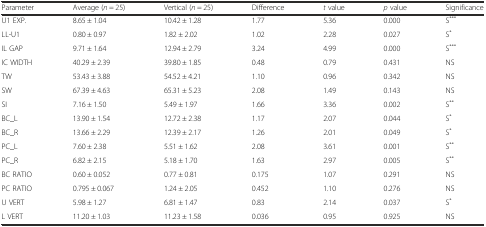
<table><thead><tr><td><b>Parameter</b></td><td><b>Average (<i>n</i> = 25)</b></td><td><b>Vertical (<i>n</i> = 25)</b></td><td><b>Difference</b></td><td><b><i>t</i> value</b></td><td><b><i>p</i> value</b></td><td><b>Significance</b></td></tr></thead><tbody><tr><td>U1 EXP.</td><td>8.65 ± 1.04</td><td>10.42 ± 1.28</td><td>1.77</td><td>5.36</td><td>0.000</td><td>S<sup>***</sup></td></tr><tr><td>LL-U1</td><td>0.80 ± 0.97</td><td>1.82 ± 2.02</td><td>1.02</td><td>2.28</td><td>0.027</td><td>S<sup>*</sup></td></tr><tr><td>IL GAP</td><td>9.71 ± 1.64</td><td>12.94 ± 2.79</td><td>3.24</td><td>4.99</td><td>0.000</td><td>S<sup>***</sup></td></tr><tr><td>IC WIDTH</td><td>40.29 ± 2.39</td><td>39.80 ± 1.85</td><td>0.48</td><td>0.79</td><td>0.431</td><td>NS</td></tr><tr><td>TW</td><td>53.43 ± 3.88</td><td>54.52 ± 4.21</td><td>1.10</td><td>0.96</td><td>0.342</td><td>NS</td></tr><tr><td>SW</td><td>67.39 ± 4.63</td><td>65.31 ± 5.23</td><td>2.08</td><td>1.49</td><td>0.143</td><td>NS</td></tr><tr><td>SI</td><td>7.16 ± 1.50</td><td>5.49 ± 1.97</td><td>1.66</td><td>3.36</td><td>0.002</td><td>S<sup>**</sup></td></tr><tr><td>BC_L</td><td>13.90 ± 1.54</td><td>12.72 ± 2.38</td><td>1.17</td><td>2.07</td><td>0.044</td><td>S<sup>*</sup></td></tr><tr><td>BC_R</td><td>13.66 ± 2.29</td><td>12.39 ± 2.17</td><td>1.26</td><td>2.01</td><td>0.049</td><td>S<sup>*</sup></td></tr><tr><td>PC_L</td><td>7.60 ± 2.38</td><td>5.51 ± 1.62</td><td>2.08</td><td>3.61</td><td>0.001</td><td>S<sup>**</sup></td></tr><tr><td>PC_R</td><td>6.82 ± 2.15</td><td>5.18 ± 1.70</td><td>1.63</td><td>2.97</td><td>0.005</td><td>S<sup>**</sup></td></tr><tr><td>BC RATIO</td><td>0.60 ± 0.052</td><td>0.77 ± 0.81</td><td>0.175</td><td>1.07</td><td>0.291</td><td>NS</td></tr><tr><td>PC RATIO</td><td>0.795 ± 0.067</td><td>1.24 ± 2.05</td><td>0.452</td><td>1.10</td><td>0.276</td><td>NS</td></tr><tr><td>U VERT</td><td>5.98 ± 1.27</td><td>6.81 ± 1.47</td><td>0.83</td><td>2.14</td><td>0.037</td><td>S<sup>*</sup></td></tr><tr><td>L VERT</td><td>11.20 ± 1.03</td><td>11.23 ± 1.58</td><td>0.036</td><td>0.95</td><td>0.925</td><td>NS</td></tr></tbody></table>